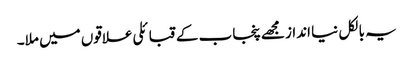
یہ بالکل نیا انداز مجھے پنجاب کے قبائلی علاقوں میں ملا۔